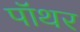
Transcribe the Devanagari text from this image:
पॉथर